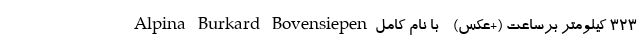
323 کیلومتر برساعت (+عکس) - با نام کامل Alpina Burkard Bovensiepen